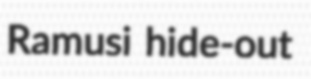
Ramusi hide-out